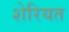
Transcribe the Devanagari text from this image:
शेरियत